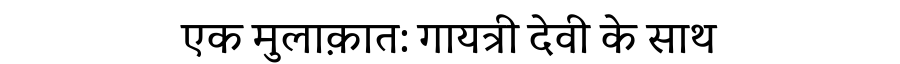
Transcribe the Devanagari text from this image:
एक मुलाक़ात: गायत्री देवी के साथ